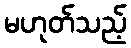
မဟုတ်သည့်